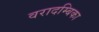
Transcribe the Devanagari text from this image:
वरादम्बिका